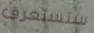
ستستغرق